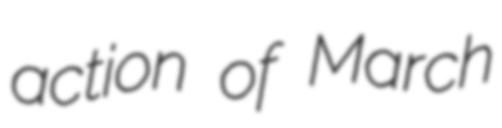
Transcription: action of March